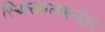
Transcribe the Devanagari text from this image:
स्थिरावल्यानंतर